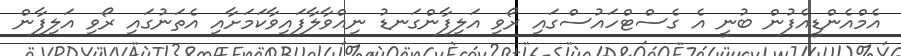
އެމްއެންޑީއެފުން ބުނީ އެ ގެސްޓްހައުސްގައި ރޯވި އަލިފާންގަނޑު ނިއްވާލާފައިވާކަމަށާއި އެތަނުގައި ރޯވި އަލިފާން